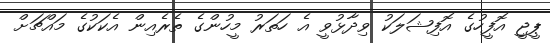
ޕީޖީ އޮފީހުގެ އޮފިޝަލަކު ވިދާޅުވީ އެ ހަތަރު މީހުންގެ ތެރެއިން އެކަކުގެ މައްޗަށް